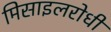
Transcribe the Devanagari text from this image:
मिसाइलरोधी